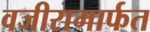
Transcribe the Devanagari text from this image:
वजीरामार्फत